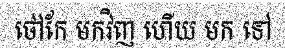
ថៅកែ មកវិញ ហើយ មក ទៅ